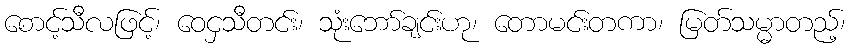
စောင့်သီလဖြင့်၊ ဝေငှသီတင်း၊ သုံးဘော်ချင်းဟု၊ တောမင်းတကာ၊ မြတ်သမ္မာတည့်၊